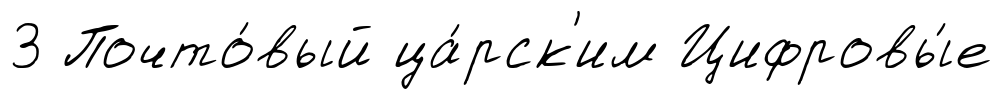
3 Почто́вый ца́рск'им Цифровы́е